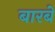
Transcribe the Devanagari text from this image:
बारबे